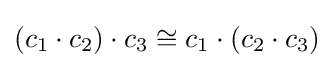
(c_{1}\cdot c_{2})\cdot c_{3}\cong c_{1}\cdot (c_{2}\cdot c_{3})